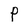
Character: P